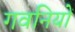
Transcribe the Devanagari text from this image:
गवनियों